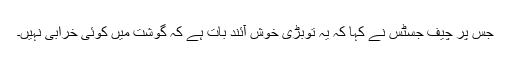
جس پر چیف جسٹس نے کہا کہ یہ توبڑی خوش آئند بات ہے کہ گوشت میں کوئی خرابی نہیں۔